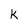
Character: k